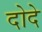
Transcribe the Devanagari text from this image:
दोदे